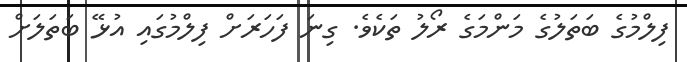
ފިލްމުގެ ބަތަލުގެ މަންމަގެ ރޯލު ތަކެވެ. ގިނަ ފަހަރަށް ފިލްމުގައި އުޅޭ ބަތަލަށް